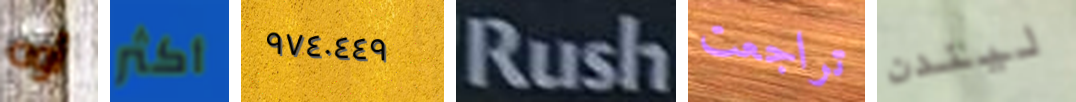
أوه أكثر ٩٧٤٠٤٤٩ Rush تراجعت ليندن